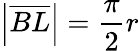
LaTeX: \left|{\overline{{BL}}}\right|={\frac{\pi}{2}}r